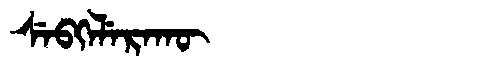
Manchu: ᠰᡝᠪᡴᡝᠯᡝᡵᠠᡴᡡ
Romanization: SEBKELERAKŪ